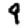
Digit: 9